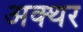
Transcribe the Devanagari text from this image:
अक्थर